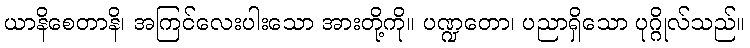
ယာနိစေတာနိ၊ အကြင်လေးပါးသော အားတို့ကို။ ပဏ္ဍတော၊ ပညာရှိသော ပုဂ္ဂိုလ်သည်။